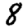
Digit: 8